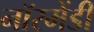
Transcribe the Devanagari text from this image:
नॉरमेंडी